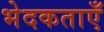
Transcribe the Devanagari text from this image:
भेदकताएँ